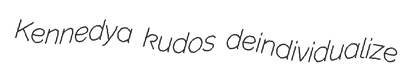
Kennedya kudos deindividualize